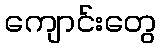
ကျောင်းတွေ